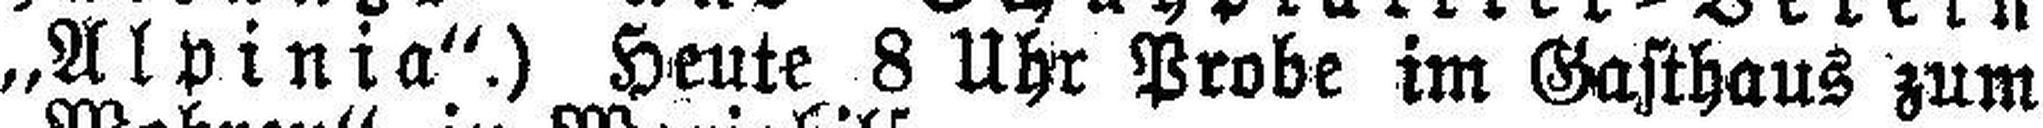
„Alpinia“.) Heute 8 Uhr Probe im Gasthaus zum